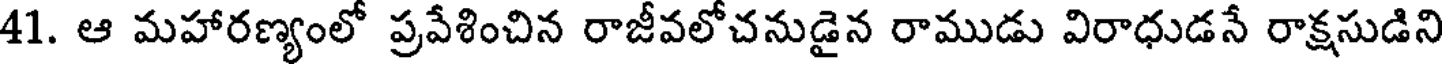
41. ఆ మహారణ్యంలో ప్రవేశించిన రాజీవలోచనుడైన రాముడు విరాధుడనే రాక్షసుడిని